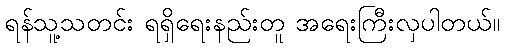
ရန်သူ့သတင်း ရရှိရေးနည်းတူ အရေးကြီးလှပါတယ်။